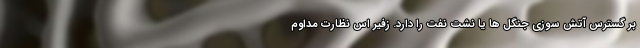
بر گسترس آتش سوزی جنگل ها یا نشت نفت را دارد. زفیر اس نظارت مداوم